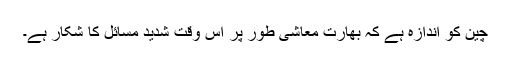
چین کو اندازہ ہے کہ بھارت معاشی طور پر اس وقت شدید مسائل کا شکار ہے۔